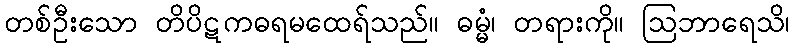
တစ်ဦးသော တိပိဋကဓရမထေရ်သည်။ ဓမ္မံ၊ တရားကို။ ဩဘာရေသိ၊